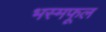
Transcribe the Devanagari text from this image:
भस्मफूल